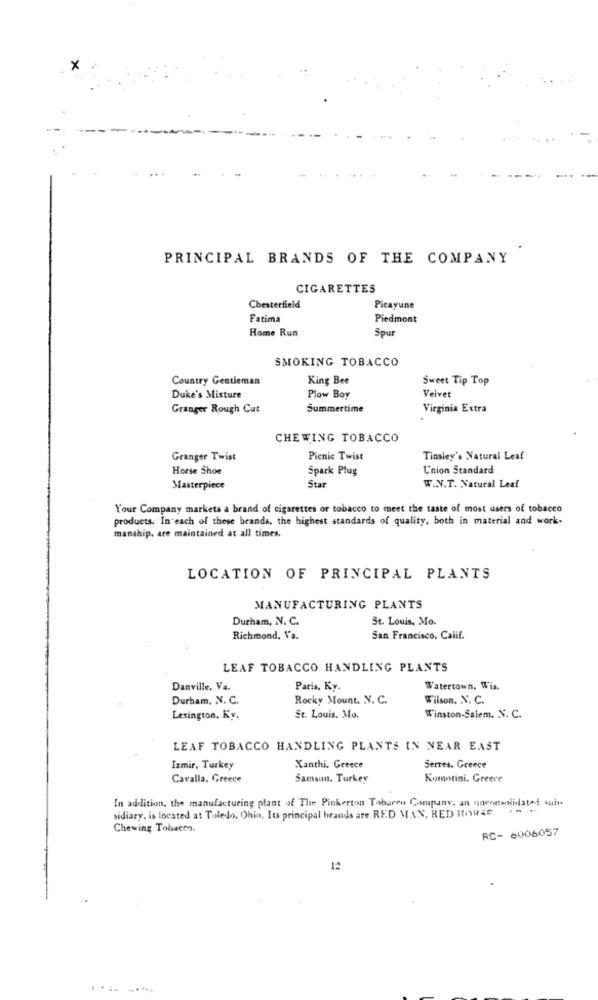
×
PRINCIPAL BRANDS OF THE COMPANY
CIGARETTES
Chesterfield
Picayune
Fatima
Piedmont
Home Run
Spur
SMOKING TOBACCO
Country Gentleman
King Bee
Sweet Tip Top
Duke's Mixture
Plow Boy
Velvet
Granger Rough Cut
Summertime
Virginia Extra
CHEWING TOBACCO
Granger Twist
Picnic Twist
Tinsley's Natural Leaf
Horse Shoe
Spark Plug
L'nion Standard
Masterpiece
Star
W .. V.T. Natural Leaf
Your Company markets a brand of cigarettes or tobacco to meet the taste of most users of tobacco
products. In each of these brands, the highest standards of quality, both in material and work-
manship, are maintained at all times.
LOCATION OF PRINCIPAL PLANTS
MANUFACTURING PLANTS
Durham, N. C.
St. Louis, Mo.
Richmond, Va.
San Francisco, Calif.
LEAF TOBACCO HANDLING PLANTS
Danville, Va.
Paris, Ky.
Watertown, Wis.
Durham, N. C.
Rocky Mount. N. C.
Wilson. N. C.
Lexington. Ky.
St. Louis, Mo.
Winston-Salem. N. C.
LEAF TOBACCO HANDLING PLANTS IN NEAR EAST
Izmir, Turkey
Xanthi, Greece
Serres. Greece
Cavalla, Greece
Samsun. Turkey
Komotini. Greece
In addition, the manufacturing plant of The Pinkerton Tobaren Company, an unconsolidated suis
sidiary, is located at Toledo, Ohio. Its principal brands are RED MAN, RED HORSE "" .
Chewing Tobacco.
RC- 6006057
12